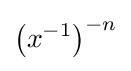
\left(x^{-1}\right)^{-n}